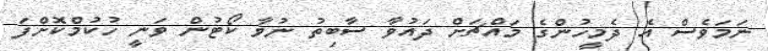
ނަމަވެސް އެ ދެމީހުންގެ މައްޗަށް ދައުވާ ސާބިތު ނުވާ ކޯޓުން ވަނީ ހުކުމްކޮށްފަ